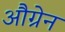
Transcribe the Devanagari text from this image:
औग्रेन